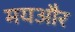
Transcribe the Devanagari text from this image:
मयऔर